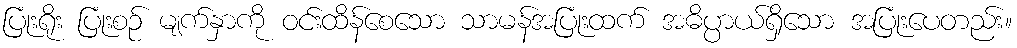
ပြုံးရိုး ပြုံးစဉ် မျက်နှာကို ဝင်းထိန်စေသော သာမန်အပြုံးထက် အဓိပ္ပာယ်ရှိသော အပြုံးပေတည်း။